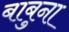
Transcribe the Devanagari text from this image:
बाबुना